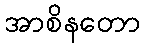
အာစိနတော